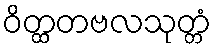
ဝိတ္ထတဗလသုတ္တံ